Vaccination report Assam 1896-1927 - 1896-1927
Year: 1896
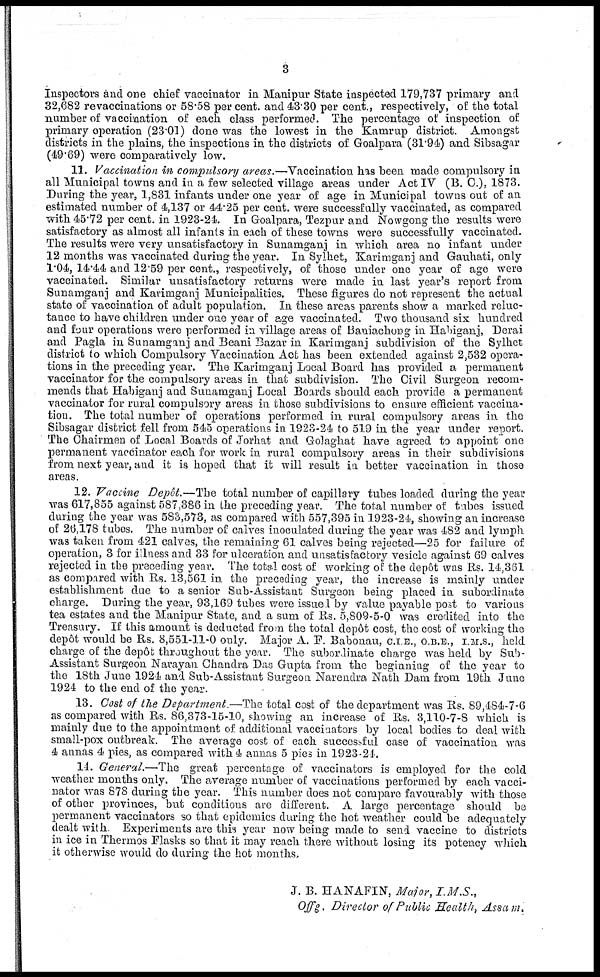
3
Inspectors and one chief vaccinator in Manipur State inspected 179,737 primary and
32,682 revaccinations or 58.58 per cent. and 43.30 per cent., respectively, of the total
number of vaccination of each class performed. The percentage of inspection of
primary operation (23.01) done was the lowest in the Kamrup district. Amongst
districts in the plains, the inspections in the districts of Goalpara (31.94) and Sibsagar
(49.69) were comparatively low.
11. Vaccination in compulsory areas.—Vaccination has been made compulsory in
all Municipal towns and in a few selected village areas under Act IV (B. C.), 1873.
During the year, 1,831 infants under one year of age in Municipal towns out of an
estimated number of 4,137 or 44.25 per cent. were successfully vaccinated, as compared
with 45.72 per cent. in 1923-24. In Goalpara, Tezpur and Nowgong the results were
satisfactory as almost all infants in each of these towns were successfully vaccinated.
The results were very unsatisfactory in Sunamganj in which area no infant under
12 months was vaccinated during the year. In Sylhet, Karimganj and Gauhati, only
1.04, 14.44 and 12.59 per cent., respectively, of those under one year of age were
vaccinated. Similar unsatisfactory returns were made in last year's report from
Sunamganj and Karimganj Municipalities. These figures do not represent the actual
state of vaccination of adult population. In these areas parents show a marked reluc-
tance to have children under one year of age vaccinated. Two thousand six hundred
and four operations were performed in village areas of Baniachong in Habiganj, Derai
and Pagla in Sunamganj and Beani Bazar in Karimganj subdivision of the Sylhet
district to which Compulsory Vaccination Act has been extended against 2,532 opera-
tions in the preceding year. The Karimganj Local Board has provided a permanent
vaccinator for the compulsory areas in that subdivision. The Civil Surgeon recom-
mends that Habiganj and Sunamganj Local Boards should each provide a permanent
vaccinator for rural compulsory areas in those subdivisions to ensure efficient vaccina-
tion. The total number of operations performed in rural compulsory areas in the
Sibsagar district fell from 545 operations in 1923-24 to 519 in the year under report.
The Chairmen of Local Boards of Jorhat and Golaghat have agreed to appoint one
permanent vaccinator each for work in rural compulsory areas in their subdivisions
from next year, and it is hoped that it will result in better vaccination in those
areas.
12. Vaccine Depôt.—The total number of capillary tubes loaded during the year
was 617,855 against 587,386 in the preceding year. The total number of tubes issued
during the year was 583,573, as compared with 557,395 in 1923-24, showing an increase
of 26,178 tubes. The number of calves inoculated during the year was 482 and lymph
was taken from 421 calves, the remaining 61 calves being rejected—25 for failure of
operation, 3 for illness and 33 for ulceration and unsatisfactory vesicle against 69 calves
rejected in the preceding year. The total cost of working of the depôt was Rs. 14,361
as compared with Rs. 13,561 in the preceding year, the increase is mainly under
establishment due to a senior Sub-Assistant Surgeon being placed in subordinate
charge. During the year, 93,169 tubes were issue 1 by value payable post to various
tea estates and the Manipur State, and a sum of Rs. 5,809-5-0 was credited into the
Treasury. If this amount is deducted from the total depôt cost, the cost of working the
depot would be Rs. 8,551-11-0 only. Major A. F. Babonau, C.I E., O.B.E., I.M.S., held
charge of the depôt throughout the year. The subordinate charge was held by Sub-
Assistant Surgeon Narayan Chandra Das Gupta from the beginning of the year to
the 18th June 1924 and Sub-Assistant Surgeon Narendra Nath Dam from 19th June
1924 to the end of the year.
13. Cost of the Department.—The total cost of the department was Rs. 89,484-7-6
as compared with Rs. 86,373-15-10, showing an increase of Rs. 3,110-7-8 which is
mainly due to the appointment of additional vaccinators by local bodies to deal with
small-pox outbreak. The average cost of each successful case of vaccination was
4 annas 4 pies, as compared with 4 annas 5 pies in 1923-24.
14. General.—The great percentage of vaccinators is employed for the cold
weather months only. The average number of vaccinations performed by each vacci-
nator was 878 during the year. This number does not compare favourably with those
of other provinces, but conditions are different. A large percentage should be
permanent vaccinators so that epidemics during the hot weather could be adequately
dealt with Experiments are this year now being made to send vaccine to districts
in ice in Thermos Flasks so that it may reach there without losing its potency which
it otherwise would do during the hot months.
J. B. HANAFIN, Major, I.M.S.,
Offg. Director of Public Health, Assam.